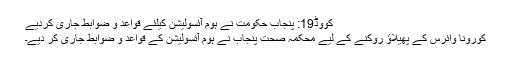
کووڈ19: پنجاب حکومت نے ہوم آئسولیشن کیلئے قواعد و ضوابط جاری کردیے
کورونا وائرس کے پھیلاؤ روکنے کے لیے محکمہ صحت پنجاب نے ہوم آئسولیشن کے قواعد و ضوابط جاری کر دیے۔